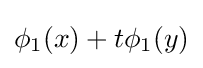
{\textstyle \phi _{1}(x)+t\phi _{1}(y)}